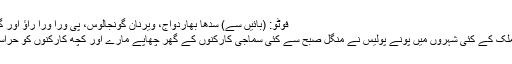
فوٹو: (بائیں سے) سدھا بھاردواج، ویرنان گونجالوس، پی ورا ورا راؤ اور گوتم نولکھا
نئی دہلی: ملک کے کئی شہروں میں پونے پولیس نے منگل صبح سے کئی سماجی کارکنوں کے گھر چھاپے مارے اور کچھ کارکنوں کو حراست میں لیا۔